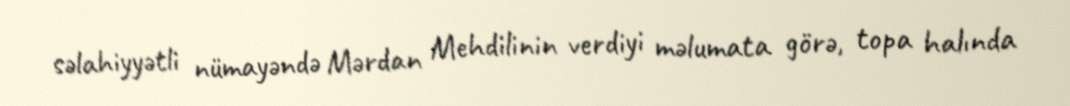
səlahiyyətli nümayəndə Mərdan Mehdilinin verdiyi məlumata görə, topa halında